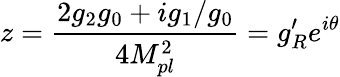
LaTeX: z=\frac{2g_{2}g_{0}+ig_{1}/g_{0}}{4M_{pl}^{2}}=g_{R}^{\prime}e^{i\theta}